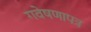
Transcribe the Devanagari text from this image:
गवेषणापत्र